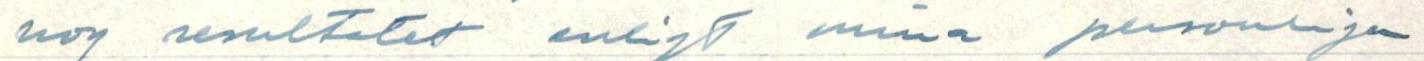
nog resultatet enligt mina personliga